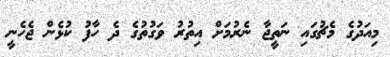
މިއަދުގެ މެޗުގައި ނަތީޖާ ނެރުމަށް އިތުރު ވަގުތުގެ ދެ ހާފު ކުޅެން ޖެހެނީ